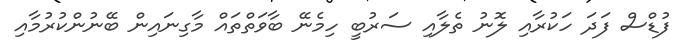
ފުޑްސް ފަދަ ހަކުރާއި ލޮނު ތެލާއި ސަރުބީ ހިމެނޭ ބާވަތްތައް މާގިނައިން ބޭނުންކުރުމާއި